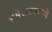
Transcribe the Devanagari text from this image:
असेअसल्याने